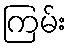
ကြမ်း